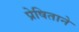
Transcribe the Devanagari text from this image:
प्रेषिताने